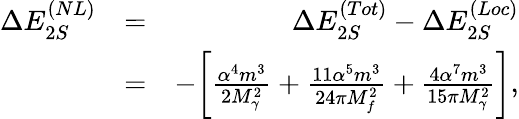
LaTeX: \begin{array}{rlr}{\Delta E_{2S}^{(NL)}}&{=}&{\Delta E_{2S}^{(Tot)}-\Delta E_{2S}^{(Loc)}}\\ &{=}&{-\biggl[\frac{\alpha^{4}m^{3}}{2M_{\gamma}^{2}}+\frac{11\alpha^{5}m^{3}}{24\pi M_{f}^{2}}+\frac{4\alpha^{7}m^{3}}{15\pi M_{\gamma}^{2}}\biggr],}\end{array}